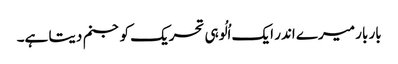
بار بار میرے اندر ایک اُلُوہی تحریک کو جنم دیتا ہے۔